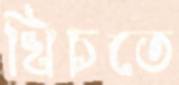
খিচতে